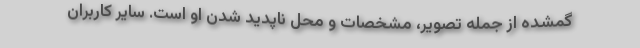
گمشده از جمله تصویر، مشخصات و محل ناپدید شدن او است. سایر کاربران